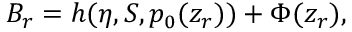
{ \cal B } _ { r } = h ( \eta , S , p _ { 0 } ( z _ { r } ) ) + \Phi ( z _ { r } ) ,